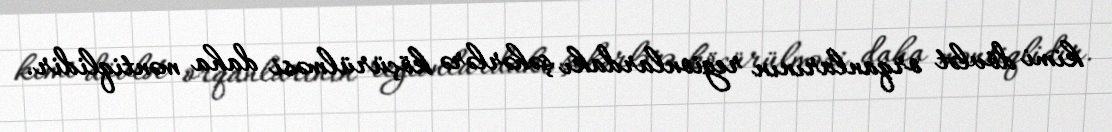
kimi dövlət orqanlarının regionlardakı şəhərlərə köçürülməsi daha məntiqlidir.